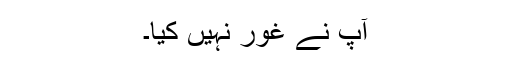
آپ نے غور نہیں کیا۔